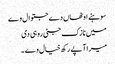
سوہنے اوٹھاں دے جتوال وے
میں نازک جٹی روہی دی
میرا آپے رکھ خیال وے ۔